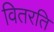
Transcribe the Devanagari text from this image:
वितरति